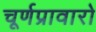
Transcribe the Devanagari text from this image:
चूर्णप्रावारो